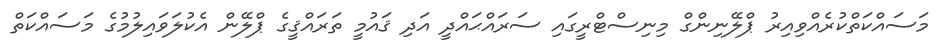
މަސައްކަތްކުރެއްވިއިރު ޕްލޭނިންގް މިނިސްޓްރީގައި ސަރައްޙައްދީ އަދި ޤައުމީ ތަރައްޤީގެ ޕްލޭން އެކުލަވައިލުމުގެ މަސައްކަތް